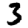
Digit: 3